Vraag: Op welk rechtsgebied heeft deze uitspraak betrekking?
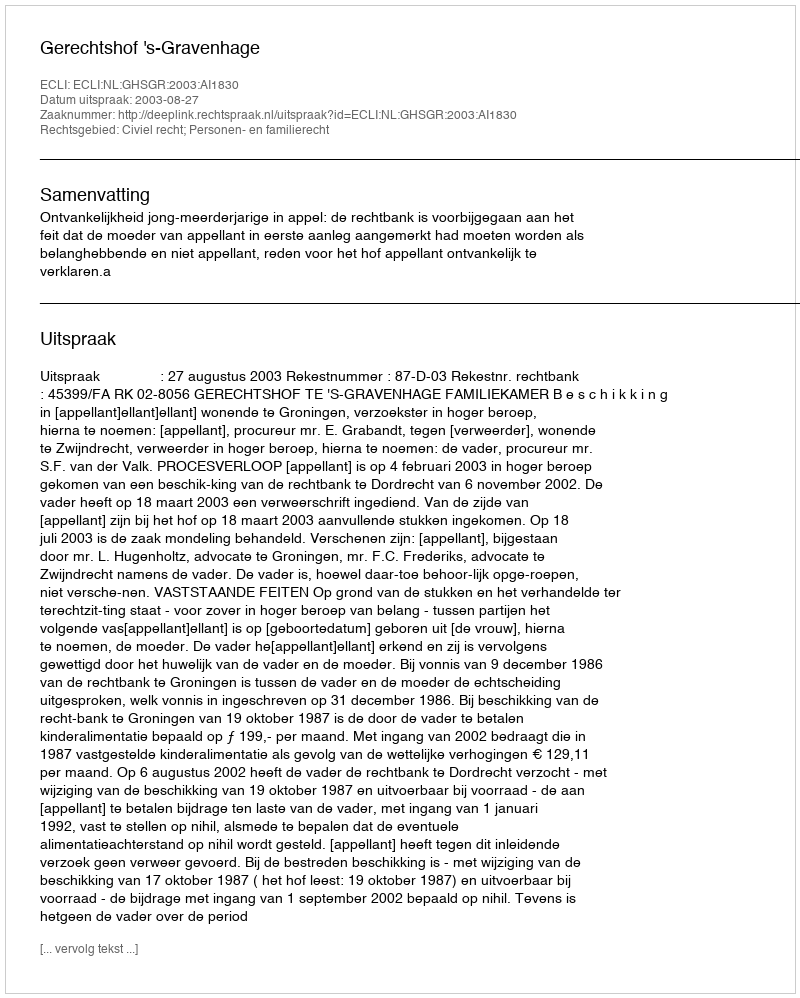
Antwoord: Civiel recht; Personen- en familierecht